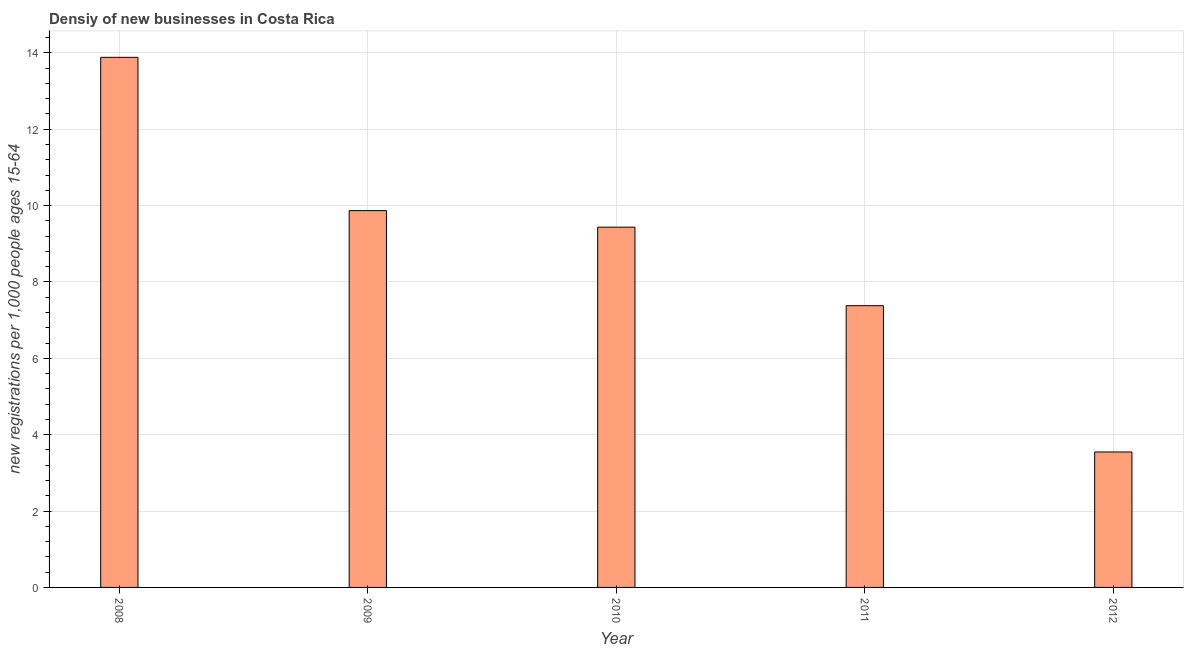
| Year | New business density |
 | --- | --- |
 | 2008 | 13.9 |
 | 2009 | 9.87 |
 | 2010 | 9.44 |
 | 2011 | 7.38 |
 | 2012 | 3.55 |